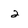
Character: 2